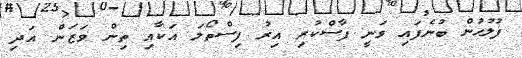
ފުލުހުން ބުނެފައި ވަނީ ފާސްކުރި އިރު ފިސްތޯލަ އަކާއި ތިން ވަޒަން އަދި